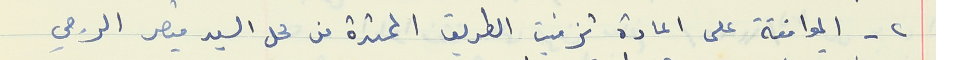
٢ - الموافقة على اعادة تزفيت الطريق الممتدة من محل السيد قيصر الرجي